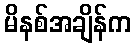
မိနစ်အချိန်က